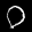
Label: 0